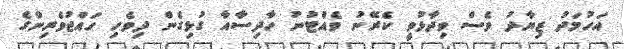
އަހުމަދު ޒިޔާދު ވެސް ވިދާޅުވީ ކެރޭނު ވެއްޓުނު ހާދިސާއާ ގުޅިގެން ދިވެހި ހައްޖުވެރިންގެ